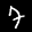
Label: 7